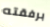
برفقته